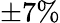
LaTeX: \pm 7\%